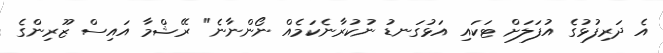
އެ ދަރިފުޅުގެ އުފަލަށް ޓަކައި އަޅުގަނޑު ނުކުރާނެކަމެއް ނޯންނާނެ" ރޭޝްމާ އައިސް ޒޫރިންގެ